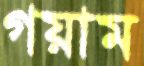
গয়াম